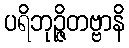
ပရိဘုဉ္ဇိတဗ္ဗာနိ